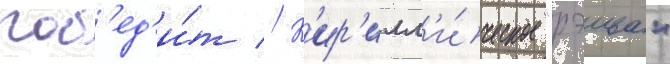
поб'ед'и́т // К'ир'илл'и́ческое "рэива"